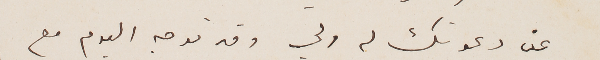
عن دعوتك له ولي وقد توجه اليوم مع